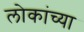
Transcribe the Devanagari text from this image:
लोकांच्‍या